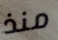
منذ